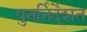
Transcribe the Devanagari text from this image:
पुनर्निर्देशत